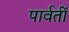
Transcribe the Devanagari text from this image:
पार्वतीं